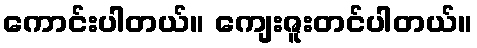
ကောင်းပါတယ်။ ကျေးဇူးတင်ပါတယ်။